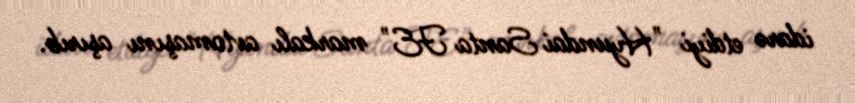
idarə etdiyi "Hyundai Santa FE" markalı avtomaşını aşırıb.